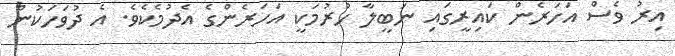
އިރު ވެސް އަހަރެން ކައިރީގައި ނަބީލާ ހުރުމަކީ އަހަރެންގެ އެދުމެކެވެ. އެ ދުވަހަކުން